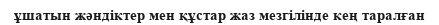
ұшатын жәндіктер мен құстар жаз мезгілінде кең таралған